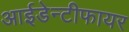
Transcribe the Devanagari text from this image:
आईडेन्टीफायर